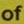
of